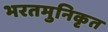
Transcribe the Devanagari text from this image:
भरतमुनिकृत